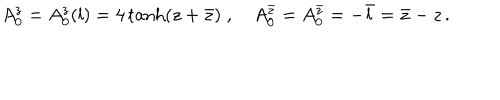
A _ { 0 } ^ { z } = A _ { 0 } ^ { z } ( l ) = 4 \tanh ( z + \bar { z } ) \; , \quad A _ { 0 } ^ { \bar { z } } = A _ { 0 } ^ { \bar { z } } = - \bar { l } = \bar { z } - z \, .